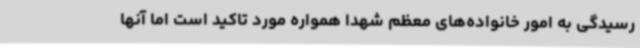
رسیدگی به امور خانواده‌های معظم شهدا همواره مورد تاکید است اما آنها